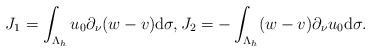
\begin{align*} J_1=\int_{\Lambda_{h}}u_{0}\partial_{\nu}(w-v)\mathrm d\sigma, J_2=-\int_{\Lambda_{h}}(w-v)\partial_{\nu}u_{0}\mathrm d\sigma. \end{align*}